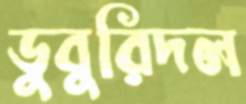
ডুবুরিদল